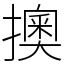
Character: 擙